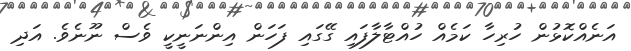
އަނެއްކޮޅުން ހުރިހާ ކަމެއް ހުއްޓާލާފައި ގޭގައި ފަހަން އިންނަނީކީ ވެސް ނޫނެވެ. އަދި